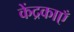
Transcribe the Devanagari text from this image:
केंद्रकाएँ